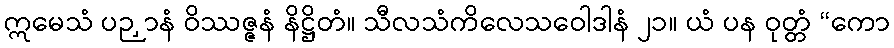
ဣမေသံ ပဉှာနံ ဝိဿဇ္ဇနံ နိဋ္ဌိတံ။ သီလသံကိလေသဝေါဒါနံ ၂၁။ ယံ ပန ဝုတ္တံ “ကော